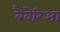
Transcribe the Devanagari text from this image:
बैवेरिआ